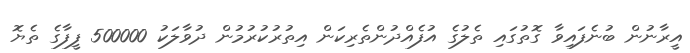
އީރާނުން ބުނެފައިވާ ގޮތުގައި ތެލުގެ އުފެއްދުންތެރިކަން އިތުރުކުރުމުން ދުވާލަކު 500000 ފީފާގެ ތެޔޮ